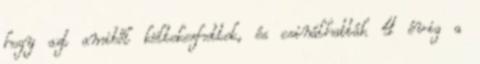
hogy azt amiből költekezhettek, és csinálhatták 4 évig a